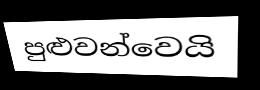
පුළුවන්වෙයි